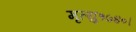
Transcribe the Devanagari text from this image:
मृत्यु१७४०।